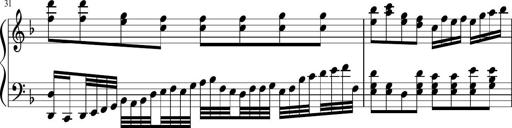
Title: Sonatina in F major
Composer: Ethan Ngo
Key: F major